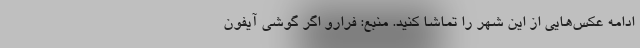
ادامه عکس‌هایی از این شهر را تماشا کنید. منبع: فرارو اگر گوشی آیفون